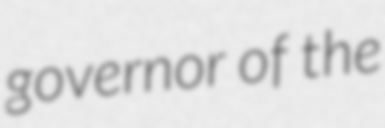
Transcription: governor of the